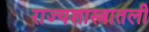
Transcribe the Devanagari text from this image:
राज्यशास्त्रातली